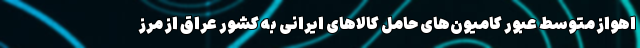
اهواز متوسط عبور کامیون‌های حامل کالاهای ایرانی به کشور عراق از مرز